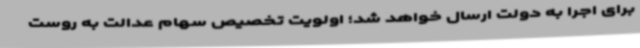
برای اجرا به دولت ارسال خواهد شد؛ اولویت تخصیص سهام عدالت به روست